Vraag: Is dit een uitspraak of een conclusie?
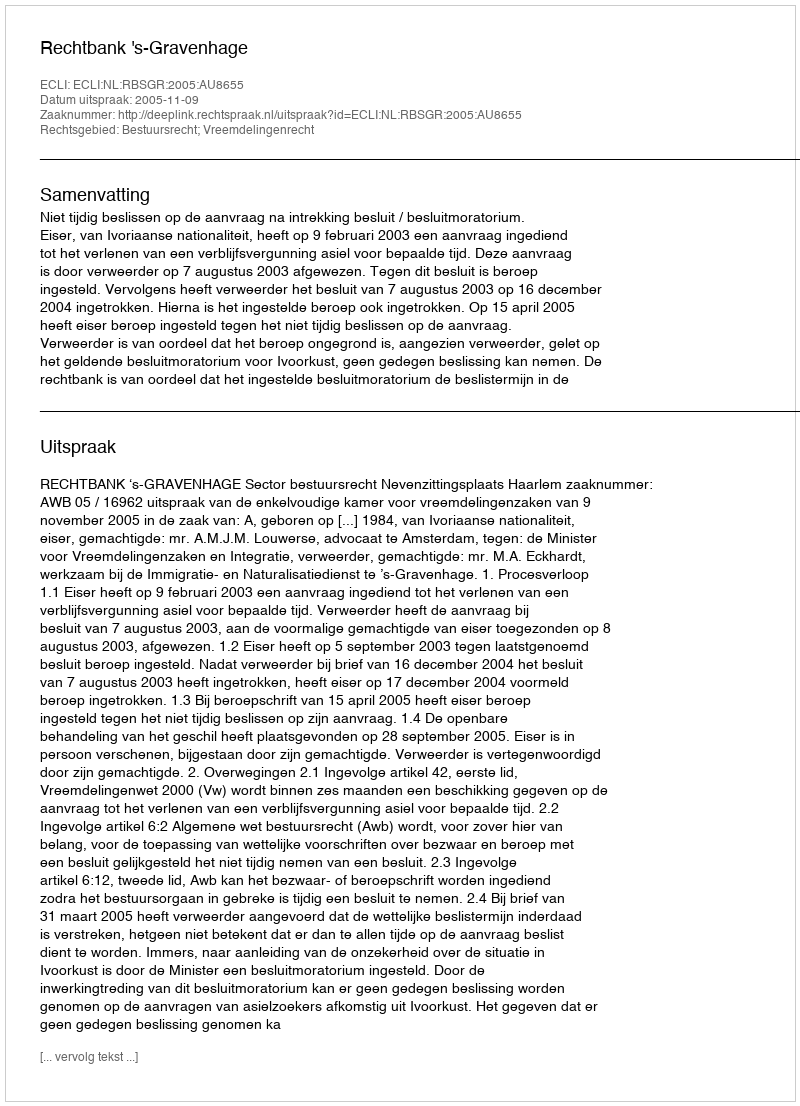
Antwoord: Uitspraak